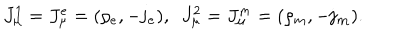
LaTeX: J _ { \mu } ^ { 1 } = J _ { \mu } ^ { e } = ( \rho _ { e } , - \mathbf { j _ { e } } ) , ~ ~ J _ { \mu } ^ { 2 } = J _ { \mu } ^ { m } = ( \rho _ { m } , - \mathbf { j _ { m } } ) .